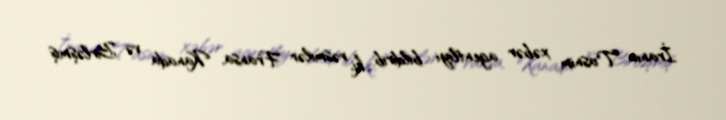
İranın Tasnim xəbər agentliyi bildirib ki, rəsmilər Fransa, Kanada və Birləşmiş